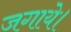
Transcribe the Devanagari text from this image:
जगाये।